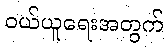
ဝယ်ယူရေးအတွက်